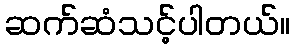
ဆက်ဆံသင့်ပါတယ်။